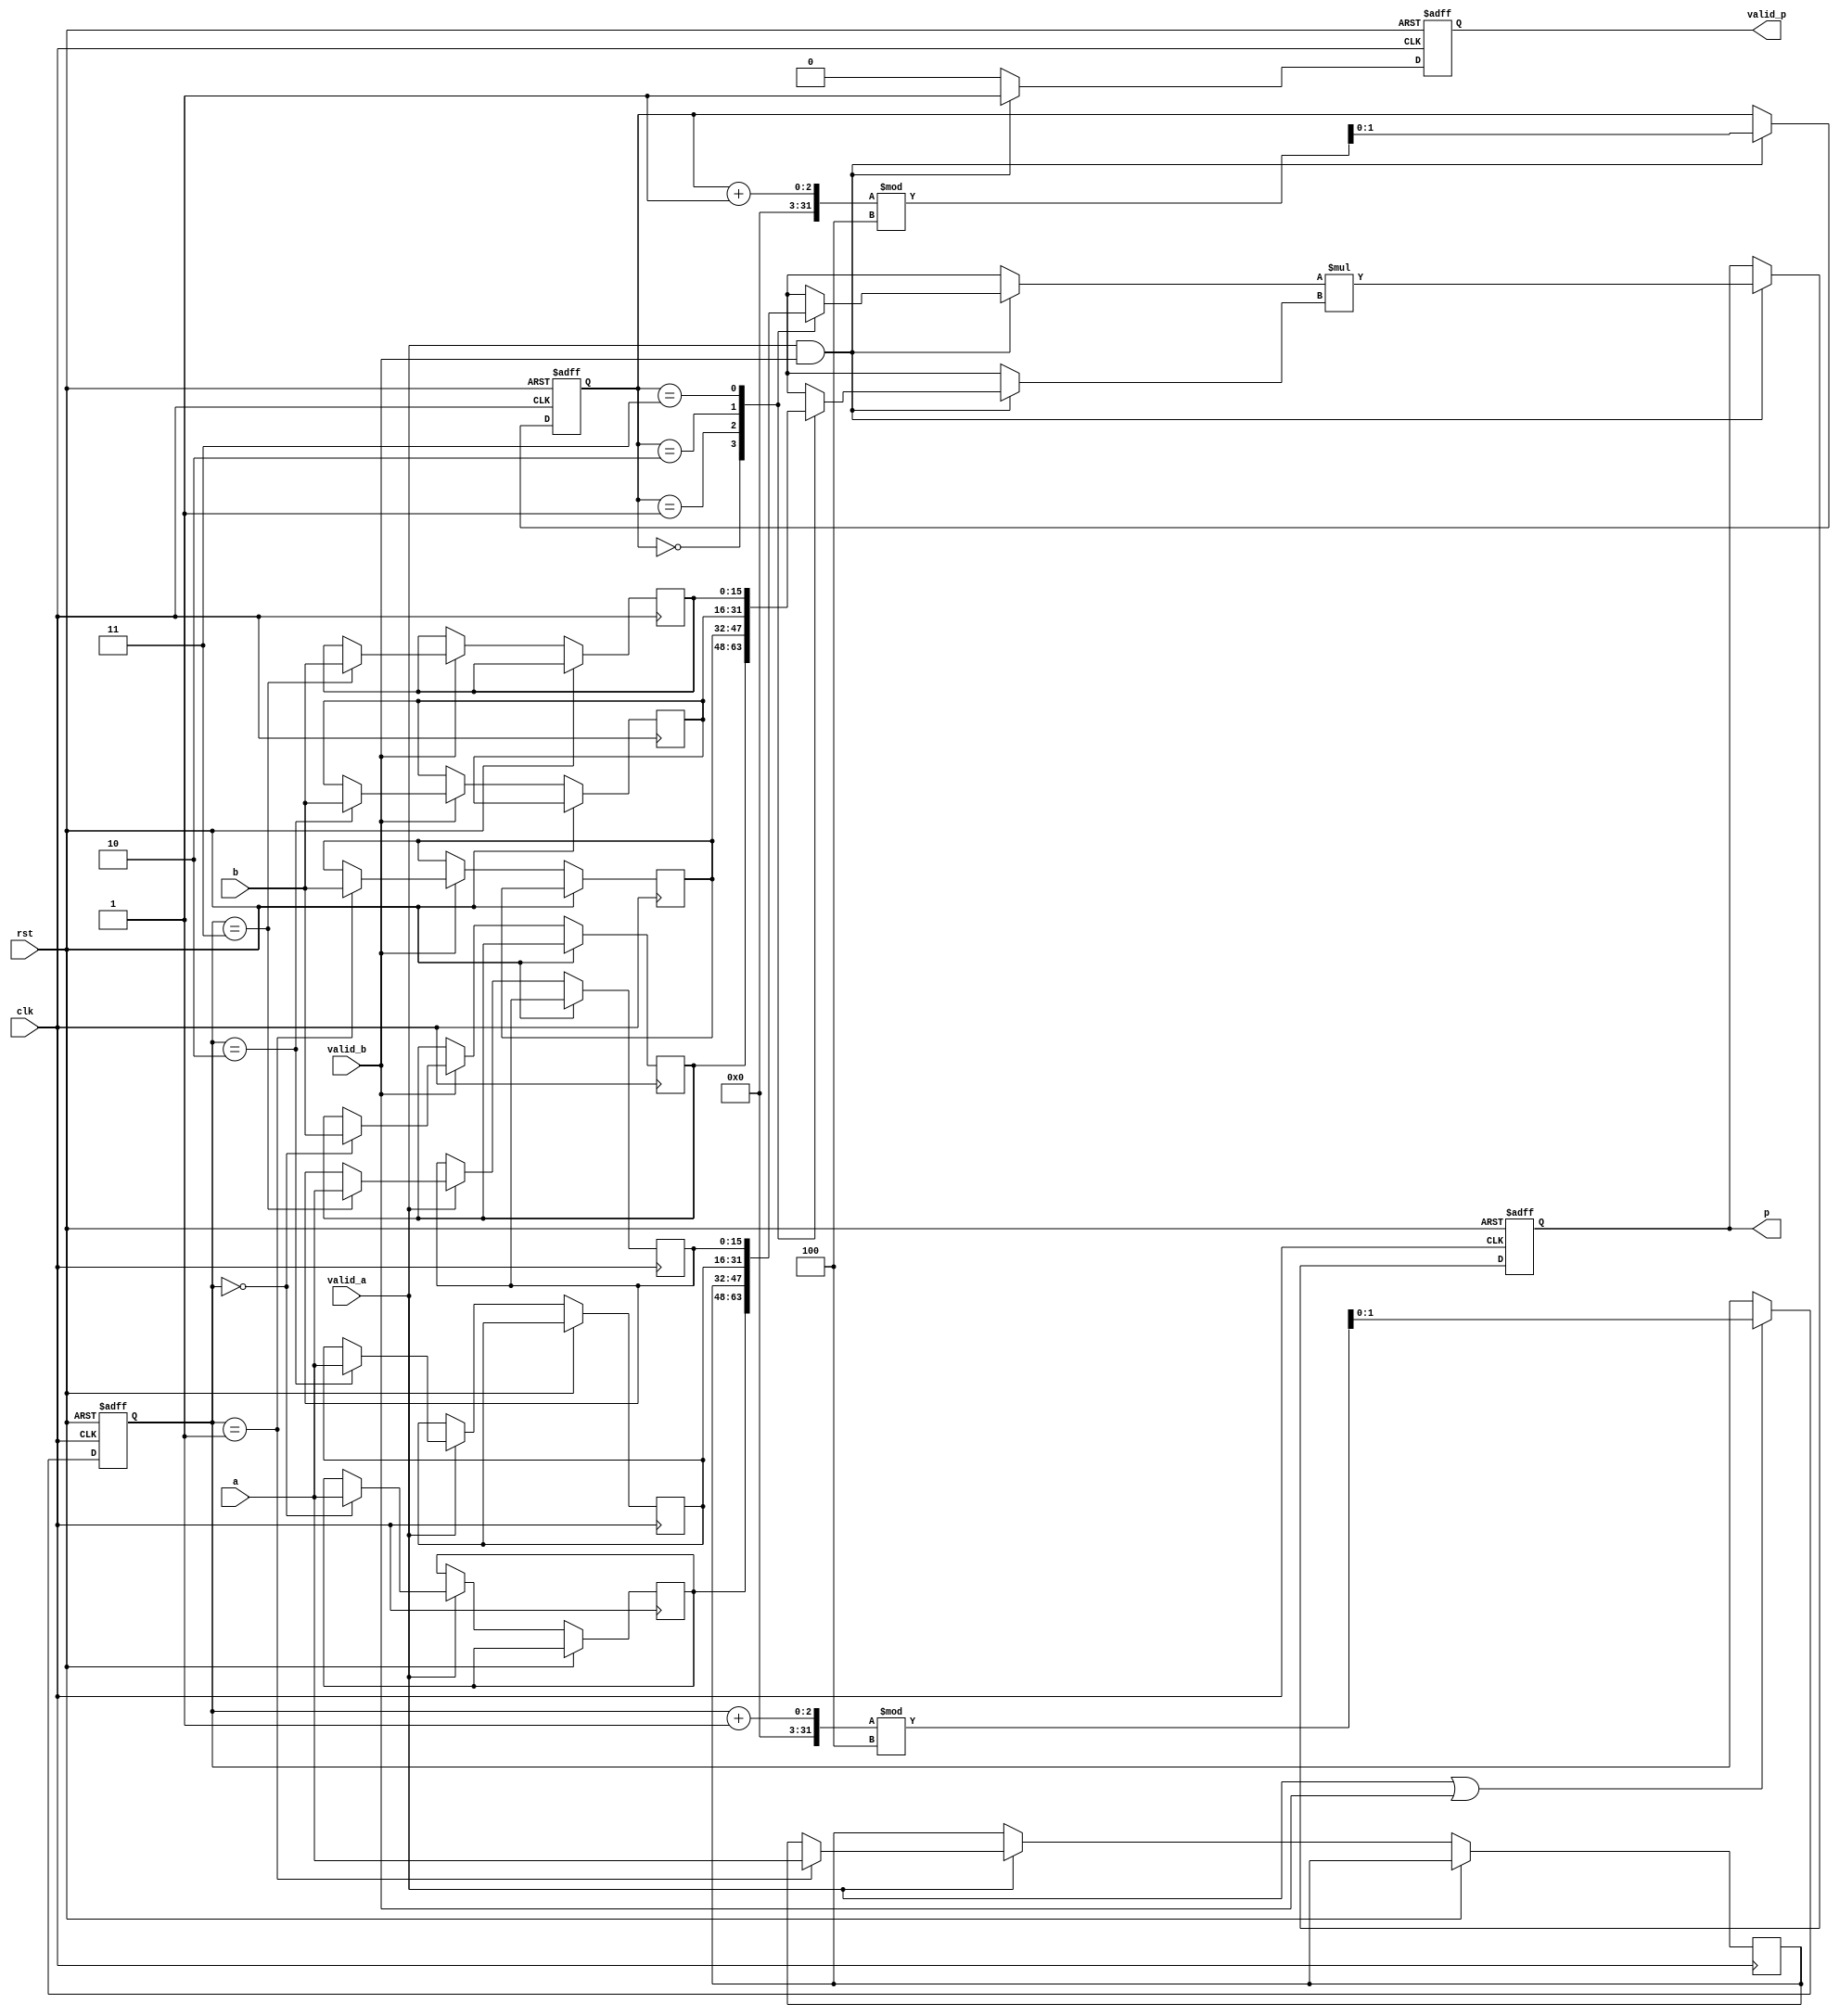
module streaming_multiplier #(
    parameter DATA_WIDTH = 16,
    parameter BUFFER_DEPTH = 4
)(
    input wire clk,
    input wire rst,
    input wire valid_a,
    input wire valid_b,
    input wire [DATA_WIDTH-1:0] a,
    input wire [DATA_WIDTH-1:0] b,
    output reg valid_p,
    output reg [2*DATA_WIDTH-1:0] p
);

// Input Buffers
reg [DATA_WIDTH-1:0] buffer_a [0:BUFFER_DEPTH-1];
reg [DATA_WIDTH-1:0] buffer_b [0:BUFFER_DEPTH-1];
reg [clog2(BUFFER_DEPTH)-1:0] write_index;
reg [clog2(BUFFER_DEPTH)-1:0] read_index;

// Helper function to compute ceiling of log2
function integer clog2;
    input integer value;
    integer i;
    begin
        value = value - 1;
        for (i = 0; value > 0; i = i + 1)
            value = value >> 1;
        clog2 = i;
    end
endfunction

// Control Logic
always @(posedge clk or posedge rst) begin
    if (rst) begin
        write_index <= 0;
        read_index <= 0;
        valid_p <= 0;
        p <= 0;
    end else begin
        // Write data to buffers
        if (valid_a) begin
            buffer_a[write_index] <= a;
        end
        if (valid_b) begin
            buffer_b[write_index] <= b;
        end
        
        // Increment write index
        if (valid_a || valid_b) begin
            write_index <= (write_index + 1) % BUFFER_DEPTH;
        end
        
        // Read from buffers and multiply
        if (valid_a && valid_b) begin
            p <= buffer_a[read_index] * buffer_b[read_index];
            valid_p <= 1; // New product is valid
            read_index <= (read_index + 1) % BUFFER_DEPTH;
        end else begin
            valid_p <= 0; // No valid product ready
        end
    end
end

endmodule